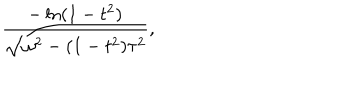
LaTeX: \frac { - \ln ( 1 - t ^ { 2 } ) } { \sqrt { \omega ^ { 2 } - ( 1 - t ^ { 2 } ) \tau ^ { 2 } } } ,